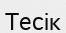
Тесік